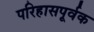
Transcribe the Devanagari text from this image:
परिहासपूर्वक